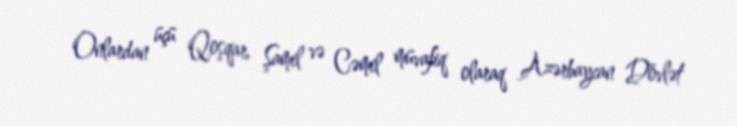
Onlardan üçü Qoşqar, Şamil və Cəmil müvafiq olaraq Azərbaycan Dövlət